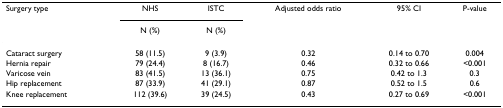
| Surgery type | NHS | ISTC | Adjusted odds ratio | 95% CI | P-value |
 |  | N (%) | N (%) |  |  |  |
 | --- | --- | --- | --- | --- | --- |
 | Cataract surgery | 58 (11.5) | 9 (3.9) | 0.32 | 0.14 to 0.70 | 0.004 |
 | Hernia repair | 79 (24.4) | 8 (16.7) | 0.46 | 0.32 to 0.66 | <0.001 |
 | Varicose vein | 83 (41.5) | 13 (36.1) | 0.75 | 0.42 to 1.3 | 0.3 |
 | Hip replacement | 87 (33.9) | 41 (29.1) | 0.87 | 0.52 to 1.5 | 0.6 |
 | Knee replacement | 112 (39.6) | 39 (24.5) | 0.43 | 0.27 to 0.69 | <0.001 |